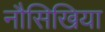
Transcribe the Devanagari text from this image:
नौसिखिया